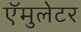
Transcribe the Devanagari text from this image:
ऍमुलेटर